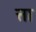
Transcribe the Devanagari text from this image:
त्ता